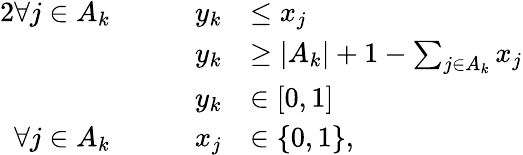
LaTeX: \begin{array}{rlrl}{{2}\forall j\in A_{k}}&{}&{\quad y_{k}}&{\le x_{j}}\\ &{}&{\quad y_{k}}&{\ge|A_{k}|+1-\sum_{j\in A_{k}}x_{j}}\\ &{}&{\quad y_{k}}&{\in[0,1]}\\ {\forall j\in A_{k}}&{}&{\quad x_{j}}&{\in\{ 0,1\} ,}\end{array}